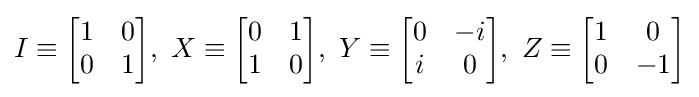
I\equiv {\begin{bmatrix}1&0\\0&1\end{bmatrix}},\ X\equiv {\begin{bmatrix}0&1\\1&0\end{bmatrix}},\ Y\equiv {\begin{bmatrix}0&-i\\i&0\end{bmatrix}},\ Z\equiv {\begin{bmatrix}1&0\\0&-1\end{bmatrix}}